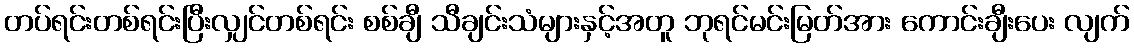
တပ်ရင်းတစ်ရင်းပြီးလျှင်တစ်ရင်း စစ်ချီ သီချင်းသံများနှင့်အတူ ဘုရင်မင်းမြတ်အား ကောင်းချီးပေး လျက်